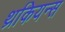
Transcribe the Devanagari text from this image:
थ्रकियन्स